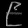
Digit: ၉